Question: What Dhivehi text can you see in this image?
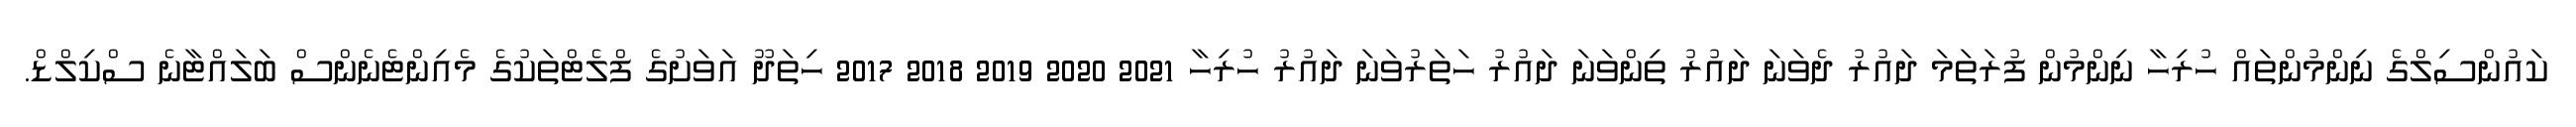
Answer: ކައުންސިލްގެ ނިންމުންތައް ހުރިހާ ނިންމުން ފުރަތަމަ ދައުރު ދެވަނަ ދައުރު ތިންވަނަ ދައުރު ހަތަރުވަނަ ދައުރު ހުރިހާ 2021 2020 2019 2018 2017 ހިތަދޫ އަވަށުގެ ފްލެޓްތަކުގެ މެއިންޓެނެންސް ބަލައްޓާނެ ސްކިލްޑް.